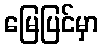
မြေပြင်မှာ